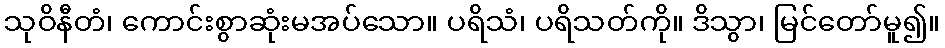
သုဝိနီတံ၊ ကောင်းစွာဆုံးမအပ်သော။ ပရိသံ၊ ပရိသတ်ကို။ ဒိသွာ၊ မြင်တော်မူ၍။